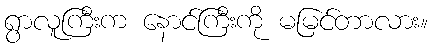
ရွာလူကြီးက နောင်ကြီးကို မမြင်တာလား။